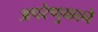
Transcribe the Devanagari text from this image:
अपरेणुकाने